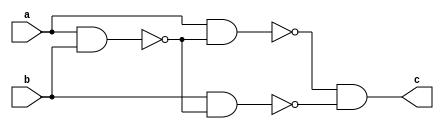
`timescale 1ns / 1ps
//////////////////////////////////////////////////////////////////////////////////
// Company: 
// Engineer: 
// 
// Design Name: 
// Module Name: nand_xnor
// Project Name: 
// Target Devices: 
// Tool Versions: 
// Description: 
// 
// Dependencies: 
// 
// Revision:
// Revision 0.01 - File Created
// Additional Comments:
// 
//////////////////////////////////////////////////////////////////////////////////


module nand_xnor(
    input a,
    input b,
    output c
    );
    
    wire nand1, nand2, nand3, nand4;
    
    nand(nand1, a, b);
    nand(nand2, a, nand1);
    nand(nand3, b, nand1);
    nand(nand4, nand2, nand3);
    
    nand(c, nand4, nand4);


endmodule